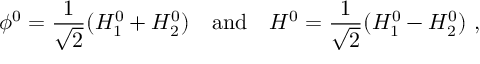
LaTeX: \phi ^ { 0 } = \frac { 1 } { \sqrt { 2 } } ( H _ { 1 } ^ { 0 } + H _ { 2 } ^ { 0 } ) \quad \mathrm { a n d } \quad H ^ { 0 } = \frac { 1 } { \sqrt { 2 } } ( H _ { 1 } ^ { 0 } - H _ { 2 } ^ { 0 } ) \ ,